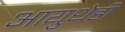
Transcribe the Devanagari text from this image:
आयुधेही